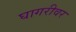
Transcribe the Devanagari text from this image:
घागरीवर